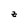
Character: z